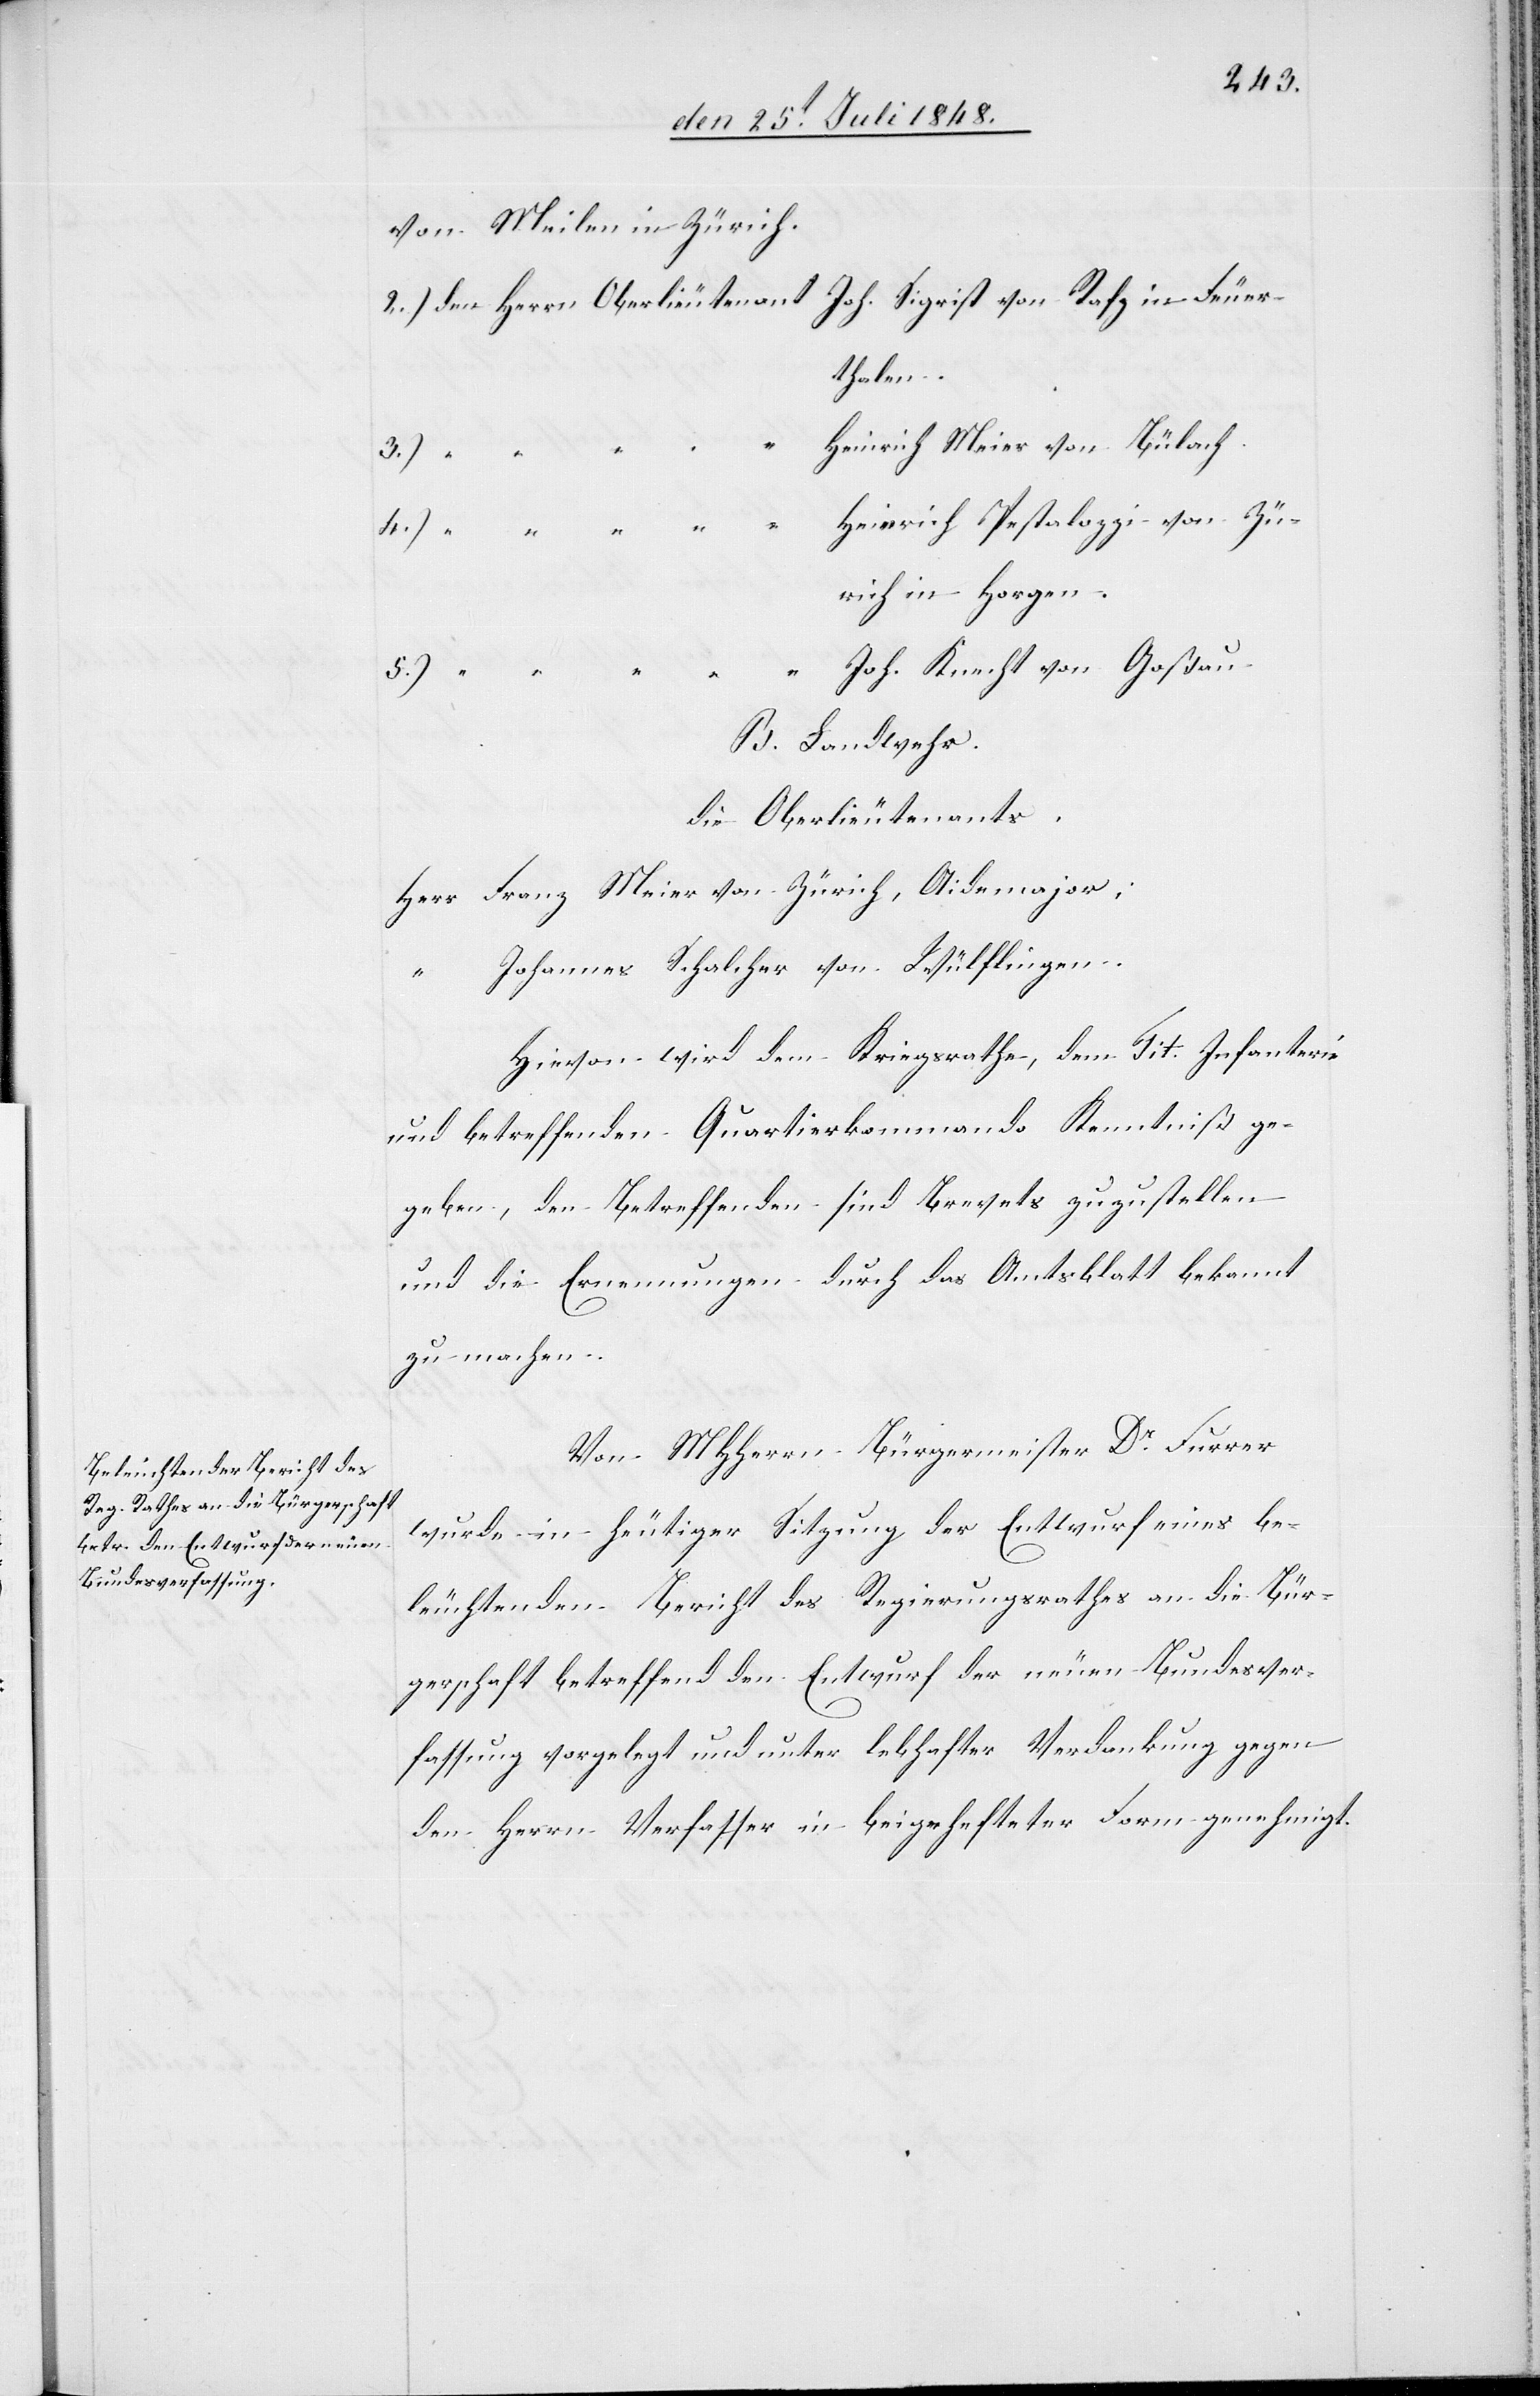
[Beleuchtender Bericht ü¬
ber den Entwurf der neuen
Bundesverfassung.

von Meilen in Zürich.
Heinrich Meier von Bülach.
5.)
Heinrich Pestalozzi von Zü¬
rich in Horgen.
B. Landwehr.
Herr Franz Meier von Zürich, Aidemajor.
Johannes Schalcher von Wüflingen.
Hievon wird dem Kriegsrath, dem Tit. Infanterie-
und betreffenden Quartierkommando Kenntniß ge¬
geben, den Betreffenden sind die Brevets zuzustellen
und die Ernennung durch das Amtsblatt bekannt
zu machen.
Von MHHerrn Bürgermeister Dr Furrer
wurde in heutiger Sitzung der Entwurf eines be¬
leuchtenden Bericht des Regierungsrathes an die Bür¬
gerschaft betreffend den Entwurf der neuen Bundesver¬
fassung vorgelegt und unter lebhafter Verdankung gegen
den Herrn Verfasser in beigehefteter Form genehmigt.